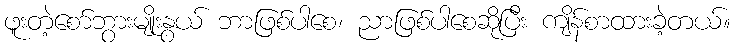
ဖူးတဲ့စော်ဘွားမျိုးနွယ် ဘာဖြစ်ပါစေ၊ ညာဖြစ်ပါစေဆိုပြီး ကျိန်စာထားခဲ့တယ်။